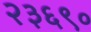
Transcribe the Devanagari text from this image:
२३६९०